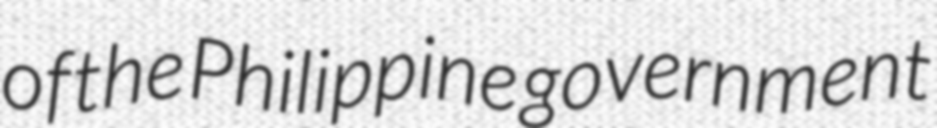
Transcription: of the Philippine government